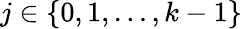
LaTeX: j\in\{ 0,1,\ldots,k-1\}